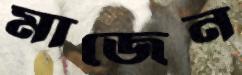
মাজেন